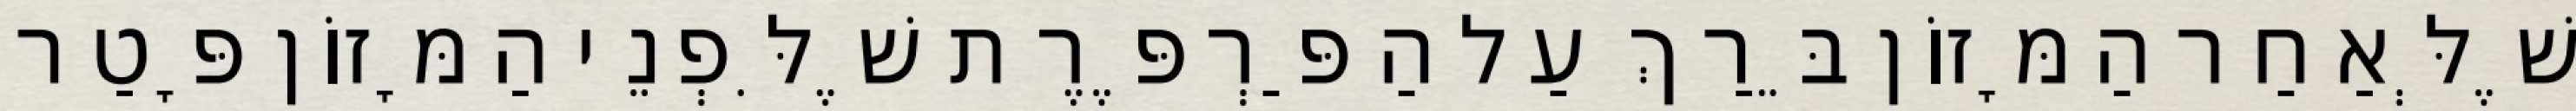
שֶׁלְּאַחַר הַמָּזוֹן בֵּרַךְ עַל הַפַּרְפֶּרֶת שֶׁלִּפְנֵי הַמָּזוֹן פָּטַר